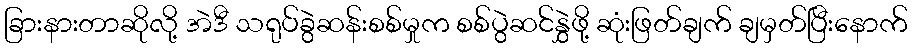
ခြားနားတာဆိုလို့ အဲဒီ သရုပ်ခွဲဆန်းစစ်မှုက စစ်ပွဲဆင်နွှဲဖို့ ဆုံးဖြတ်ချက် ချမှတ်ပြီးနောက်